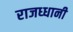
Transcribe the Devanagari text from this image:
राजध्धानी